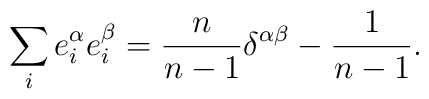
\sum_{i} e^{\alpha}_{i} e^{\beta}_{i} =\frac{n}{n-1} \delta^{\alpha \beta}             -\frac{1}{n-1}.